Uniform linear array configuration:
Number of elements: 32
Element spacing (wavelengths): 0.5
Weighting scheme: cosine
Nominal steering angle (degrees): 45
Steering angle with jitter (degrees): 43.947
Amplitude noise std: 0.05
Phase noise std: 0.05

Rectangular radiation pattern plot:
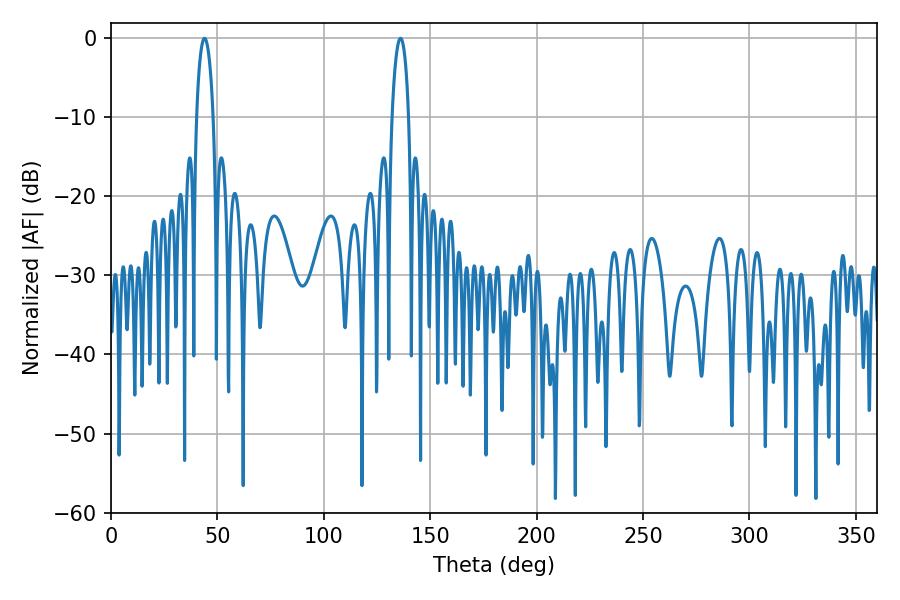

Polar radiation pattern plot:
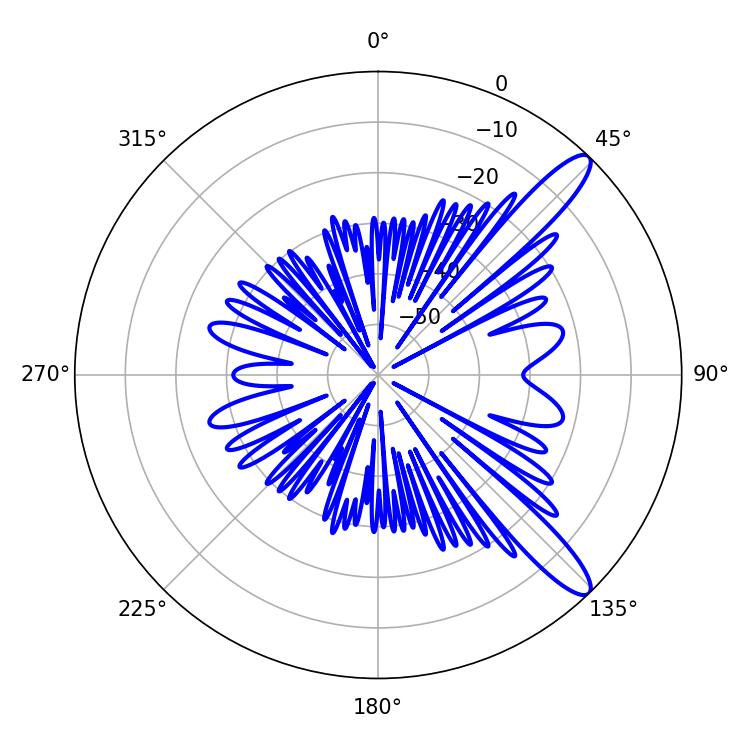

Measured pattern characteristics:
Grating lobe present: FALSE
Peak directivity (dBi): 12.189
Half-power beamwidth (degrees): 4.5
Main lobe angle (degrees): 43.92